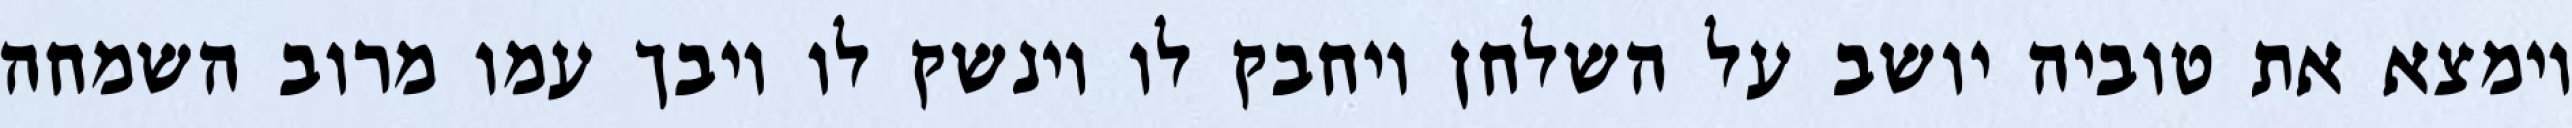
וימצא את טוביה יושב על השלחן ויחבק לו וינשק לו ויבך עמו מרוב השמחה